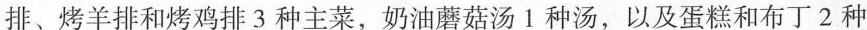
排、烤羊排和烤鸡排3种主菜，奶油蘑菇汤1种汤，以及蛋糕和布丁2种